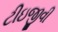
ટીઇજીવી